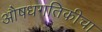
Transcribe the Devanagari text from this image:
औषधगतिकीचा